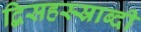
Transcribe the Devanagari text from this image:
द्विसहस्स्राब्दी